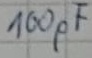
Text: 100pF